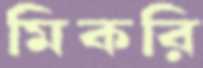
মিকরি